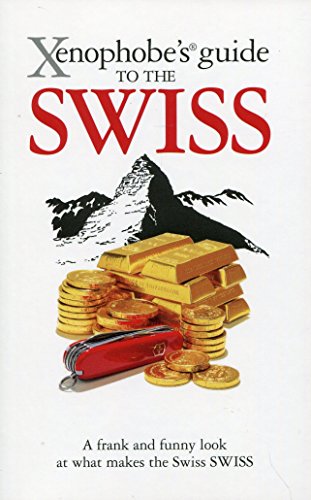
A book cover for Xenophobe's Guide to the Swiss; Paul Bilton; Travel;